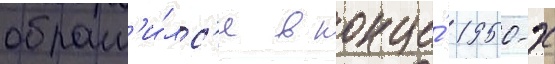
обрат'и́лс'я в конце́ 1950-х